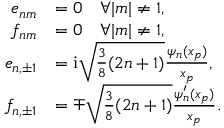
\begin{array} { r l } { e _ { n m } } & { = 0 \quad \forall | m | \neq 1 , } \\ { f _ { n m } } & { = 0 \quad \forall | m | \neq 1 , } \\ { e _ { n , \pm 1 } } & { = \mathrm { i } \sqrt { \frac { 3 } { 8 } ( 2 n + 1 ) } \frac { \psi _ { n } ( x _ { p } ) } { x _ { p } } , } \\ { f _ { n , \pm 1 } } & { = \mp \sqrt { \frac { 3 } { 8 } ( 2 n + 1 ) } \frac { \psi _ { n } ^ { \prime } ( x _ { p } ) } { x _ { p } } . } \end{array}